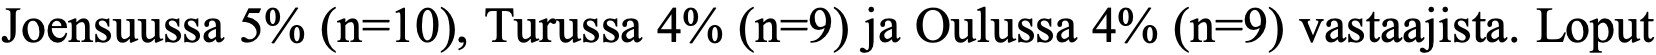
Joensuussa 5% (n=10), Turussa 4% (n=9) ja Oulussa 4% (n=9) vastaajista. Loput